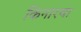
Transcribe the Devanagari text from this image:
किनारचा